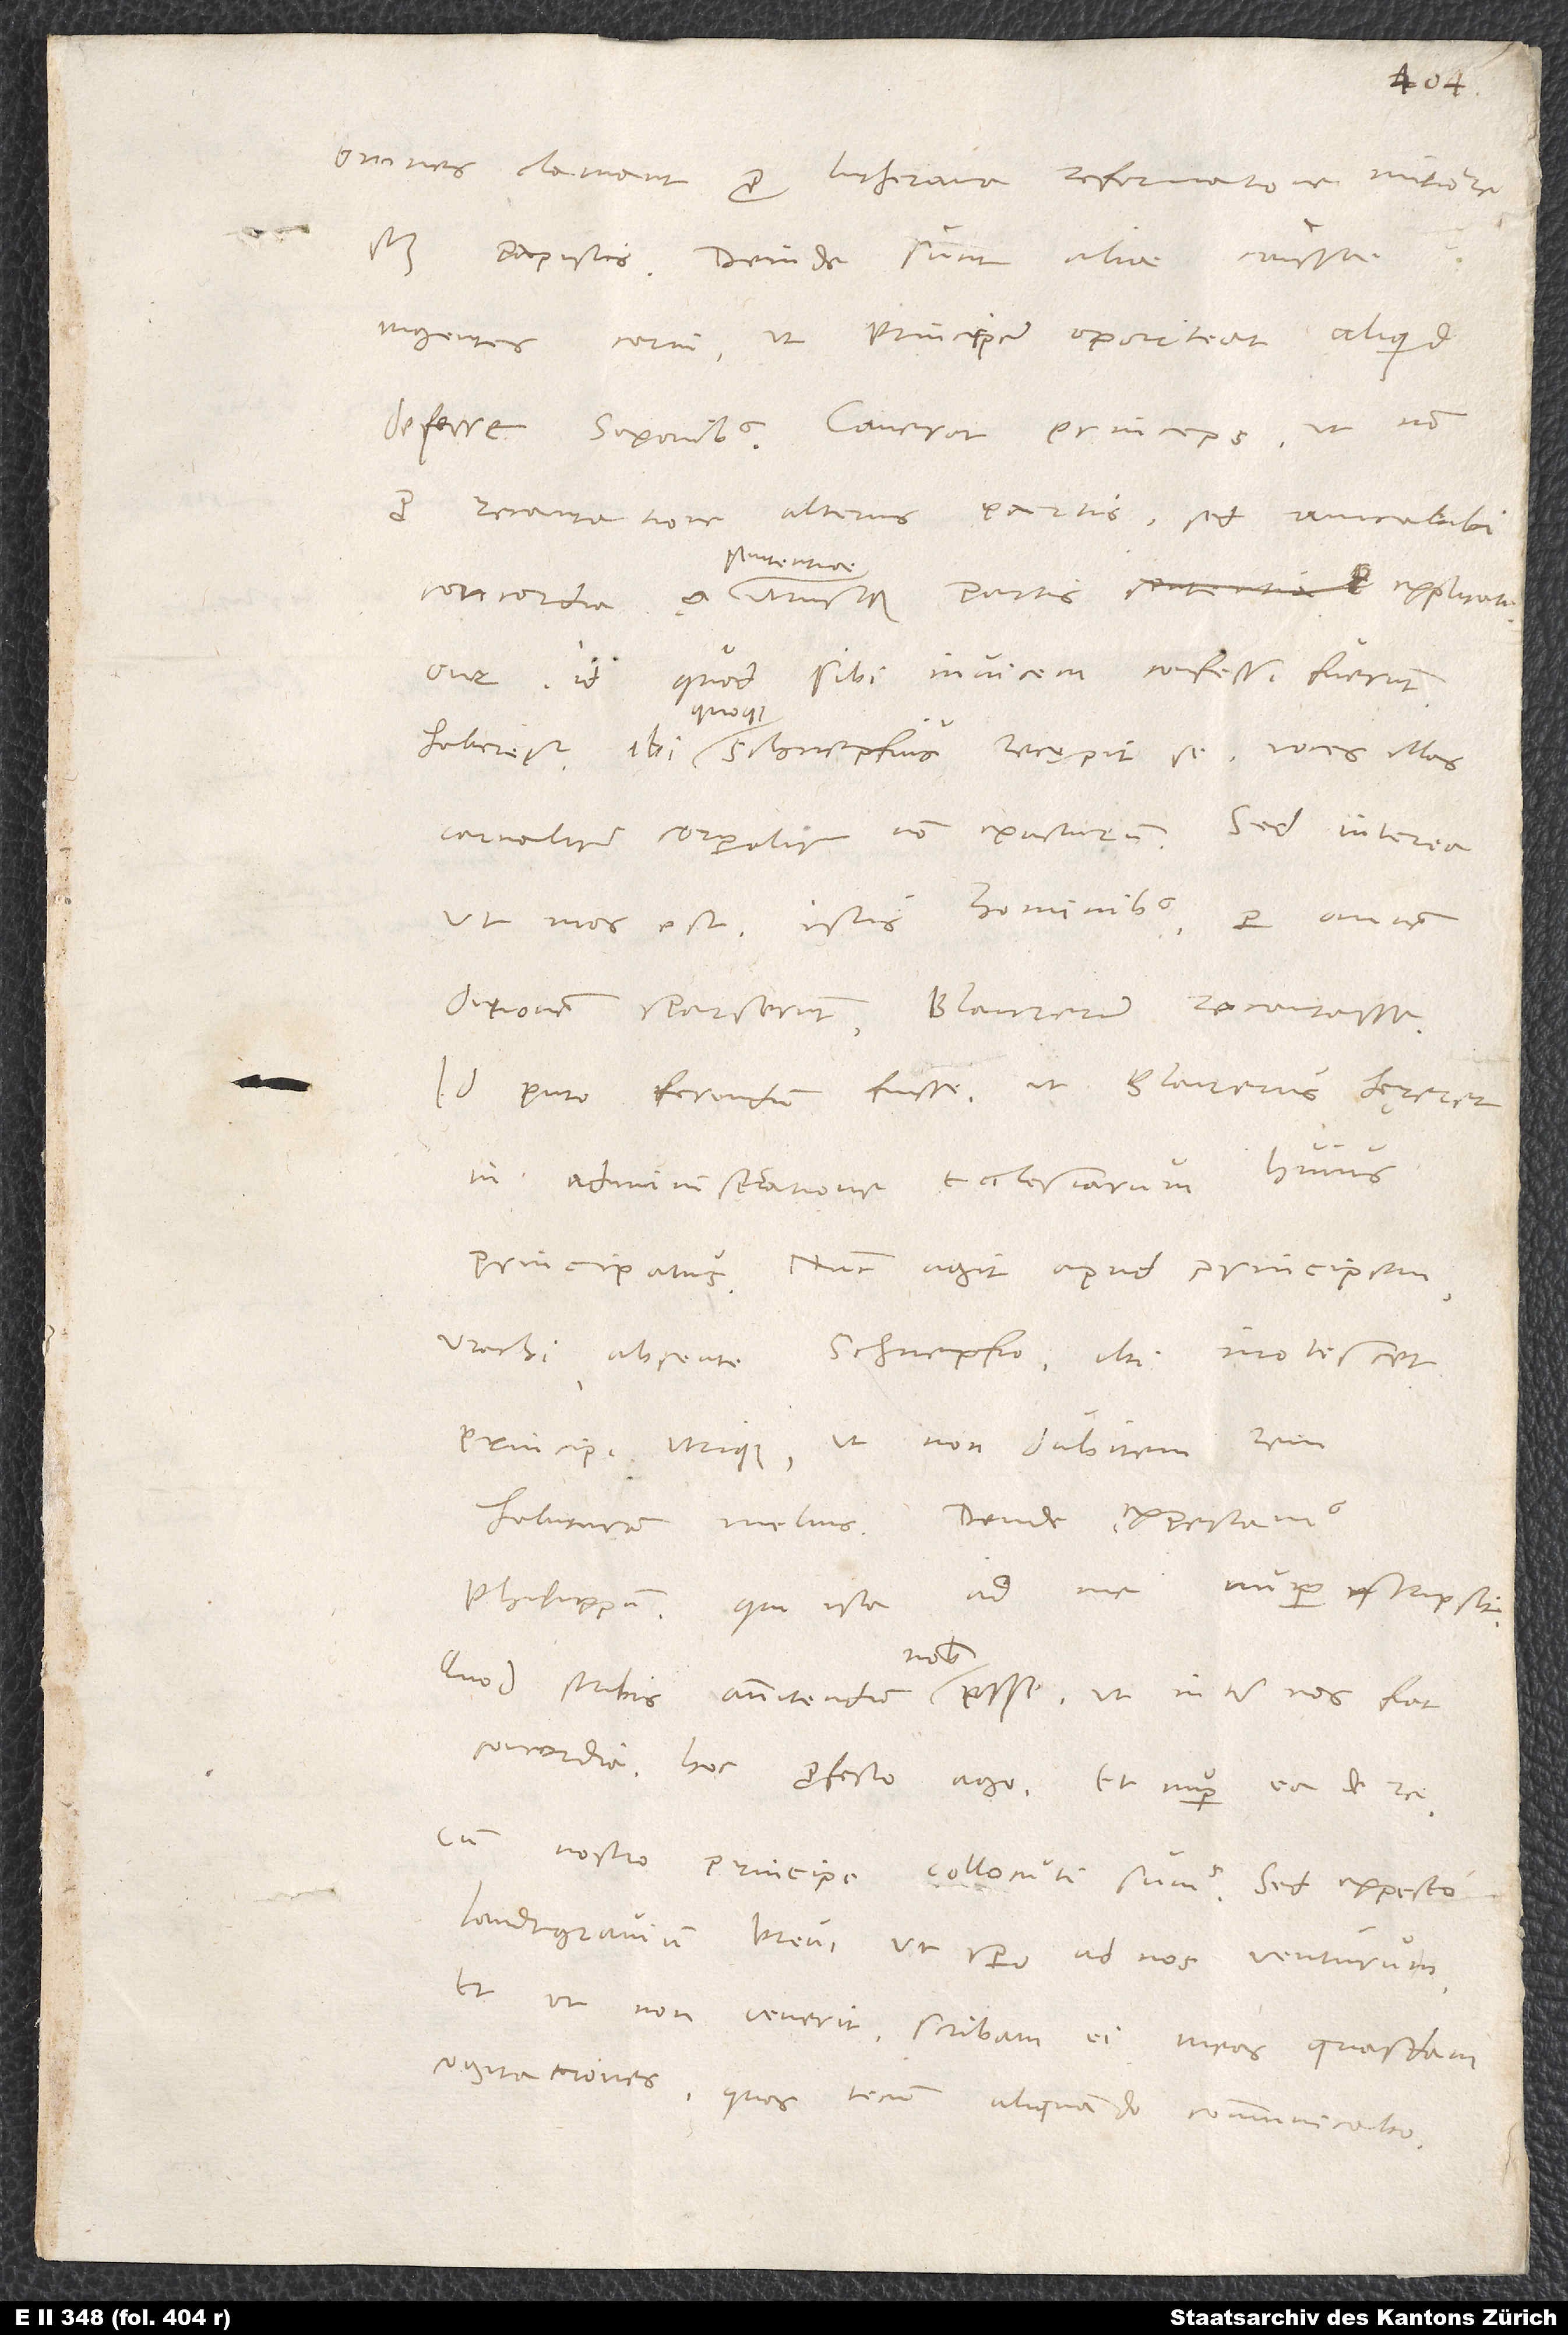
omnes clamant pro Lutherana reformatione, mitiore
scilicet papistis. Deinde sunt aliae caussae
ingentes carni, ut principem oporteat aliquid
deferre Saxonibus. Caverat princeps, ut non
pro recantatione alterius partis, sed amicabili
sententiae
id, quod sibi invicem confessi fuerunt,
«carnaliter», «corporaliter» non exacturum. Sed interea,
ut mos est istis hominibus, per omnem
ditionem scripserunt Blaurerum recantasse.
Id puto ferendum fuisse, ut Blaurerus hęreret
in administratione ecclesiarum huius
Urachi absente Schnepfio, ubi inotescet
principi utrique, ut non dubitem, rem
Philippum, qui ista ad me nuper scripsit:
nobis
«Quod scribis annitendum nobis esse, ut inter nos fiat
concordia, hoc profecto ago, et nuper ea de re
cum nostro principe collocuti sumus. Sed expecto
landtgravium brevi, ut spero, ad nos venturum.
Et ut non venerit, scribam ei meas quasdam
cogitationes, quas tecum aliquando communicabo.